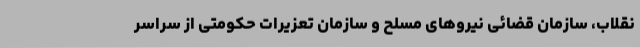
نقلاب، سازمان قضائی نیروهای مسلح و سازمان تعزیرات حکومتی از سراسر